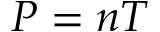
P = n T